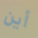
أين